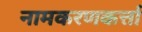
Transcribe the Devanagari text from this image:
नामकरणकर्त्ता